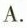
A.